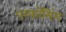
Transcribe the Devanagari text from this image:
परफॉमिंग